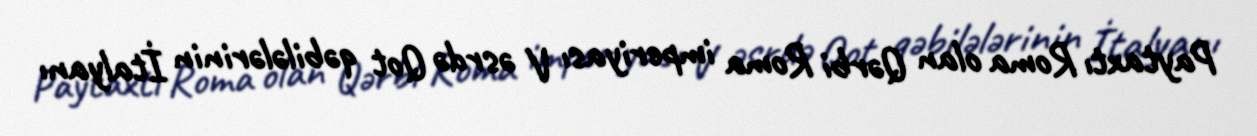
Paytaxtı Roma olan Qərbi Roma imperiyası V əsrdə Qot qəbilələrinin İtalyanı